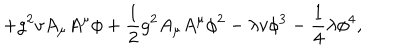
+ g ^ { 2 } v A _ { \mu } A ^ { \mu } \phi + \frac { 1 } { 2 } g ^ { 2 } A _ { \mu } A ^ { \mu } \phi ^ { 2 } - \lambda v \phi ^ { 3 } - \frac { 1 } { 4 } \lambda \phi ^ { 4 } ,